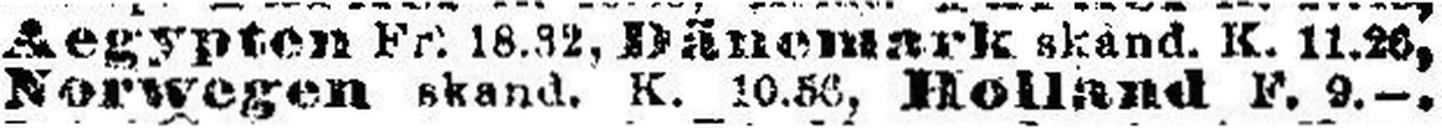
Norwegen skand. K. 10.83, Holland F. 9.—.